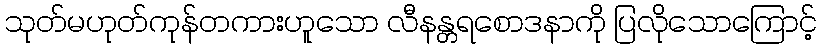
သုတ်မဟုတ်ကုန်တကားဟူသော လီနန္တရစောဒနာကို ပြလိုသောကြောင့်